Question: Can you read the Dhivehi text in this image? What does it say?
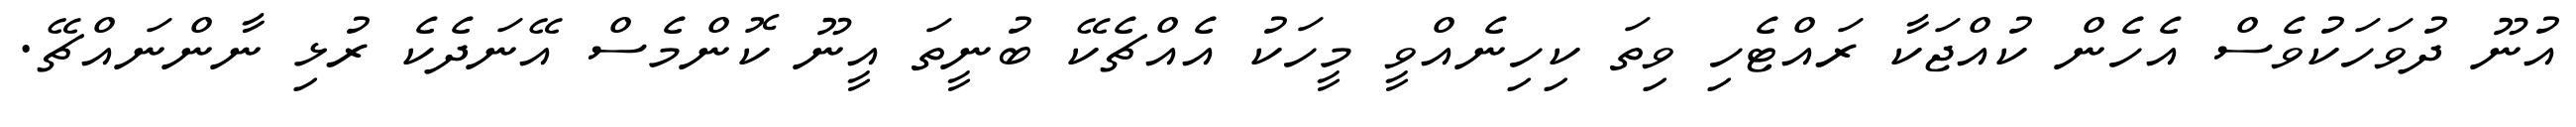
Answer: އުނޫ ދުވަހަކުވެސް އެހެން ކުއްޖަކާ ރައްޓެހި ވިތަ ކިހިނެއްވީ މީހަކު އެއްޗެކޭ ބުނީތަ އީނޫ ކޮންމެސް އޭނަދެކެ ރުޅި ނާންނައްޗޭ.